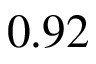
0 . 9 2